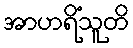
အာဟရိံသူတိ